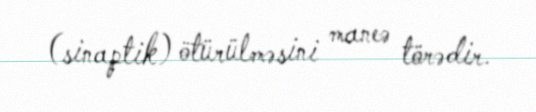
(sinaptik) ötürülməsini maneə törədir.